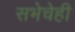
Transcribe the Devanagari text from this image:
सभेचेही